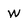
Character: W